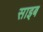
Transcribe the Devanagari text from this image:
साइब